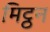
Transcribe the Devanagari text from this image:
मिट्ठन